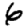
Digit: 6